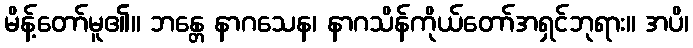
မိန့်တော်မူ၏။ ဘန္တေ နာဂသေန၊ နာဂသိန်ကိုယ်တော်အရှင်ဘုရား။ အပိ၊